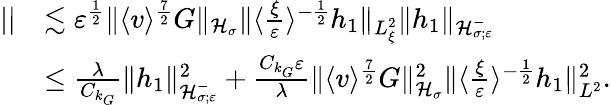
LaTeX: \begin{array}{rl}{||}&{\lesssim\varepsilon^{\frac{1}{2}}\| \langle v\rangle^{\frac{7}{2}}G\| _{\mathcal H_{\sigma}}\| \langle\frac{\xi}{\varepsilon}\rangle^{-\frac{1}{2}}h_{1}\| _{L_{\xi}^{2}}\| h_{1}\| _{\mathcal H_{\sigma;\varepsilon}^{-}}}\\ &{\leq\frac{\lambda}{C_{k_{G}}}\| h_{1}\| _{\mathcal H_{\sigma;\varepsilon}^{-}}^{2}+\frac{C_{k_{G}}\varepsilon}{\lambda}\| \langle v\rangle^{\frac{7}{2}}G\| _{\mathcal H_{\sigma}}^{2}\| \langle\frac{\xi}{\varepsilon}\rangle^{-\frac{1}{2}}h_{1}\| _{L^{2}}^{2}.}\end{array}